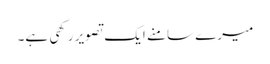
میرے سامنے ایک تصویر رکھی ہے۔